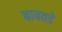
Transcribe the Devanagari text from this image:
बाबवडे